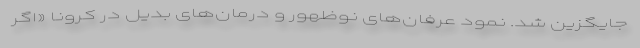
جایگزین شد. نمود عرفان‌های نوظهور و درمان‌های بدیل در کرونا «اگر